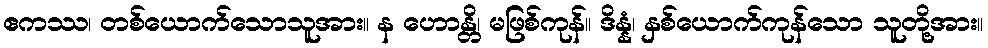
ဧကဿ၊ တစ်ယောက်သောသူအား။ န ဟောန္တိ၊ မဖြစ်ကုန်။ ဒိန္နံ၊ နှစ်ယောက်ကုန်သော သူတို့အား။